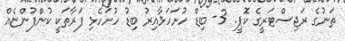
ތަނުގެ ރަޖިސްޓަރީގެ ކޮޕީ. 3- ބިޑް ހުށަހަޅާއިރު ބިޑު ހުށަހެޅި ފަރާތަކީ ކުންފުންޏެއް